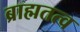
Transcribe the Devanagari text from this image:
ब्राह्मतत्व